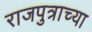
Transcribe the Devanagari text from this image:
राजपुत्राच्या